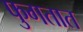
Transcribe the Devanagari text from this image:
फुगतात